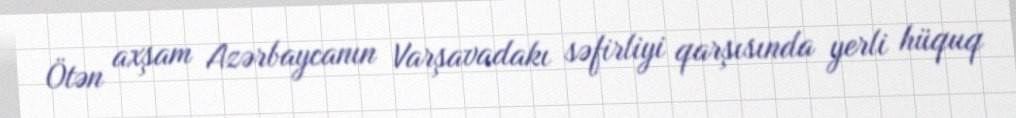
Ötən axşam Azərbaycanın Varşavadakı səfirliyi qarşısında yerli hüquq